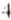
4